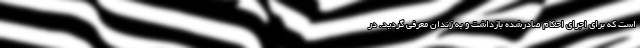
است که برای اجرای احکام صادرشده بازداشت و به زندان معرفی گردید. در